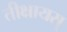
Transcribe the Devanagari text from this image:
तीक्षायस्